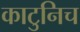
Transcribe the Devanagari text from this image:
काटुनिच